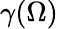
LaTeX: \gamma(\Omega)